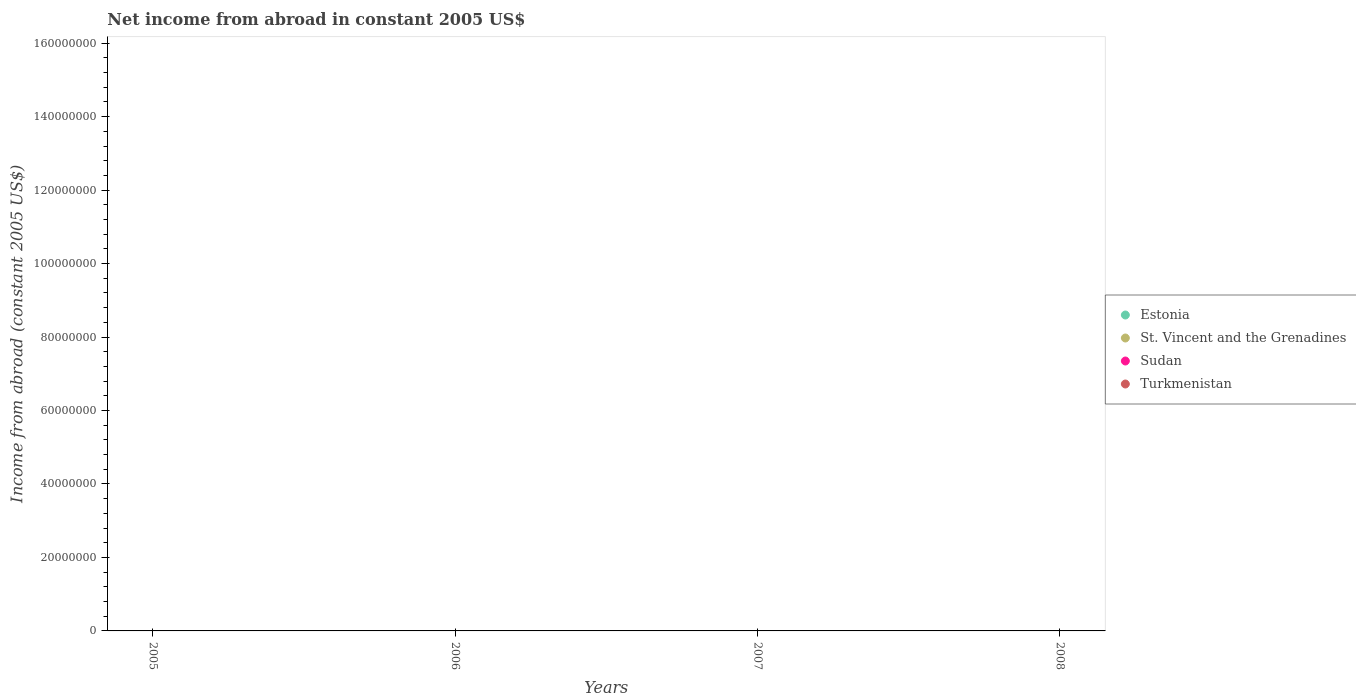
| Years | Estonia | St. Vincent and the Grenadines | Sudan | Turkmenistan |
 | --- | --- | --- | --- | --- |
 | 2005 | -5.46e+08 | -2.96e+07 | -1.94e+09 | -5.63e+08 |
 | 2006 | -8.77e+08 | -2.57e+07 | -2.2e+09 | -6.26e+08 |
 | 2007 | -1.52e+09 | -2.2e+07 | -3.19e+09 | -3.64e+08 |
 | 2008 | -1.31e+09 | -2.28e+07 | -3.7e+09 | -1.04e+09 |